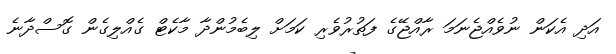
އަދި އެކަން ނުވެއްޖެނަމަ ރާއްޖޭގެ ފަތުރުވެރި ކަމަށް ލިބެމުންދާ މާކެޓް ގެއްލިގެން ގޮސްދާނެ